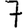
Digit: 7